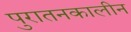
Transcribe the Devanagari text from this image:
पुरातनकालीन